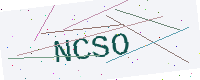
Text: NCSO